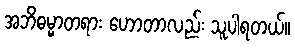
အဘိဓမ္မာတရား ဟောတာလည်း သူပါရတယ်။